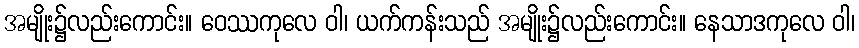
အမျိုး၌လည်းကောင်း။ ဝေဿကုလေ ဝါ၊ ယက်ကန်းသည် အမျိုး၌လည်းကောင်း။ နေသာဒကုလေ ဝါ၊